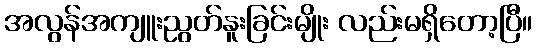
အလွန်အကျူးညွတ်နူးခြင်းမျိုး လည်းမရှိတော့ပြီ။